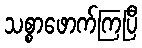
သစ္စာဖောက်ကြပြီ